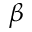
\beta